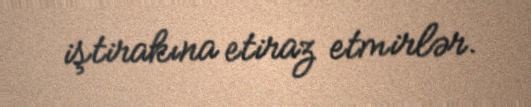
iştirakına etiraz etmirlər.